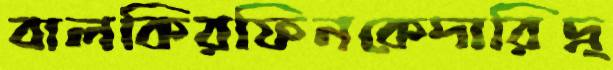
বালকিরফিনকেদারিদ্র্